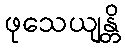
ဖုသေယျန္တိ